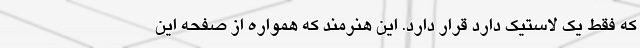
که فقط یک لاستیک دارد قرار دارد. این هنرمند که همواره از صفحه این